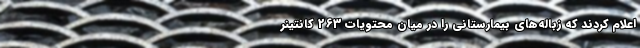
اعلام کردند که زباله‌های بیمارستانی را در میان محتویات 263 کانتینر